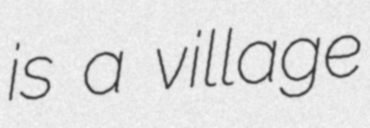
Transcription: is a village